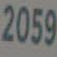
2059